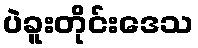
ပဲခူးတိုင်းဒေသ